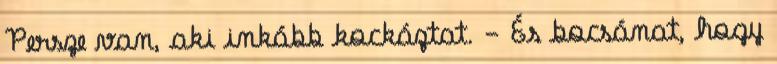
Persze van, aki inkább kockáztat. - És bocsánat, hogy